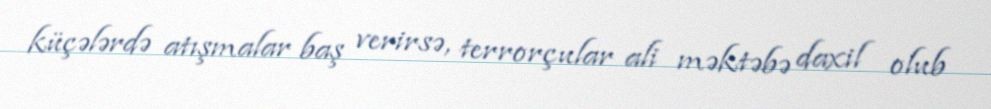
küçələrdə atışmalar baş verirsə, terrorçular ali məktəbə daxil olub